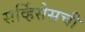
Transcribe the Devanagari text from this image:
सर्व्हिसेसची